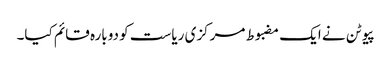
پیوٹن نے ایک مضبوط مرکزی ریاست کو دوبارہ قائم کیا۔